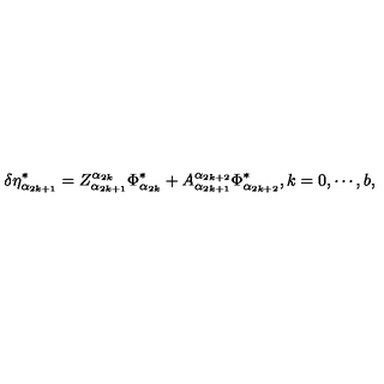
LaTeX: \delta \eta _ { \alpha _ { 2 k + 1 } } ^ { * } = Z _ { \alpha _ { 2 k + 1 } } ^ { \alpha _ { 2 k } } \Phi _ { \alpha _ { 2 k } } ^ { * } + A _ { \alpha _ { 2 k + 1 } } ^ { \alpha _ { 2 k + 2 } } \Phi _ { \alpha _ { 2 k + 2 } } ^ { * } , k = 0 , \cdots , b ,